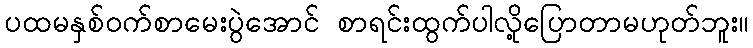
ပထမနှစ်ဝက်စာမေးပွဲအောင် စာရင်းထွက်ပါလို့ပြောတာမဟုတ်ဘူး။